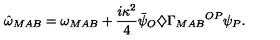
{ \hat { \omega } } _ { M A B } = \omega _ { M A B } + \frac { i \kappa ^ { 2 } } { 4 } { \bar { \psi } } _ { O } \diamondsuit { \Gamma _ { M A B } } ^ { O P } \psi _ { P } .